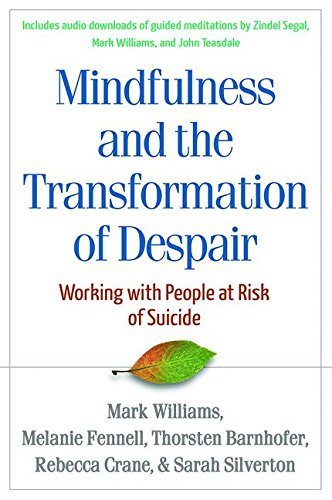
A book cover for Mindfulness and the Transformation of Despair: Working with People at Risk of Suicide; J. Mark G. Williams DPhil; Self-Help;